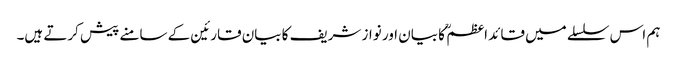
ہم اس سلسلے میں قائد اعظم ؒ کا بیان اور نواز شریف کا بیان قارئین کے سامنے پیش کرتے ہیں۔